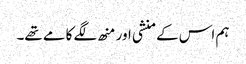
ہم اس کے منشی اور منھ لگے کامے تھے۔